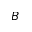
B